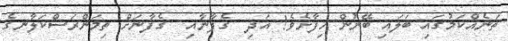
ތަނެއްކަމުގައި ބަލައި ބޭނުން ހިފާށެވެ! އަދި  ގެފާނާއި  ގެފާނަށް ތިމަންރަސްކަލާނގެ